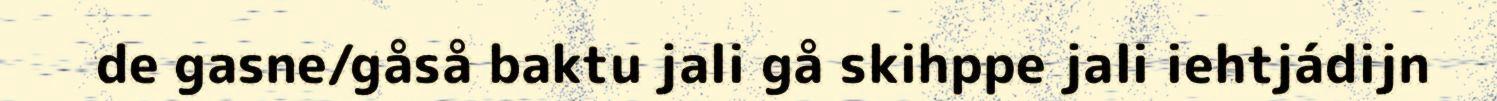
de gasne/gåså baktu jali gå skihppe jali iehtjádijn